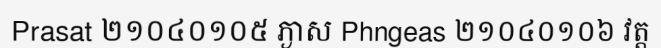
Prasat ២១០៤០១០៥ ភ្ងាស Phngeas ២១០៤០១០៦ វត្ត